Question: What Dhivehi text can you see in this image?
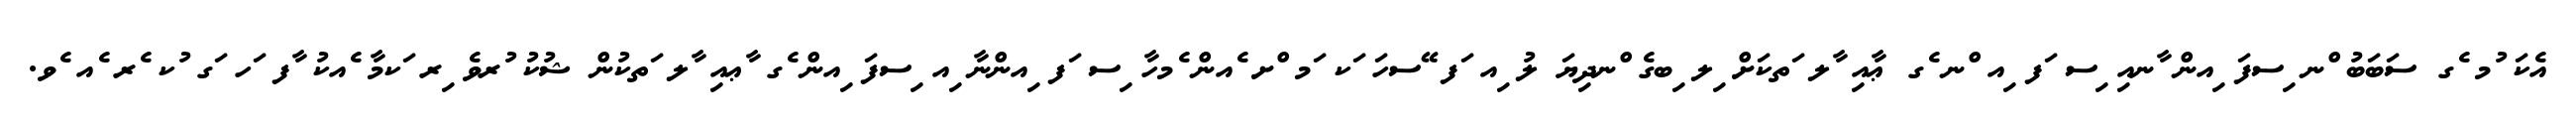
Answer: އެކަ ުމ ެގ ސަބަބު ްނ ިސފަ ިއން ާނއި ިސ ަފ ިއ ްނ ެގ ޢާއި ާލ ަތކަށް ިލ ިބގެ ްނދިޔަ ލު ިއ ަފ ޭސހަ ަކ ަމ ްށ ެއން ެމހާ ިސ ަފ ިއންނާ ިއ ިސފަ ިއން ެގ ާޢއި ާލ ަތކުން ޝުކު ުރވެ ިރ ަކމާ ެއކު ާފ ަހ ަގ ުކ ެރ ެއ ެވ.